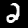
Digit: 2